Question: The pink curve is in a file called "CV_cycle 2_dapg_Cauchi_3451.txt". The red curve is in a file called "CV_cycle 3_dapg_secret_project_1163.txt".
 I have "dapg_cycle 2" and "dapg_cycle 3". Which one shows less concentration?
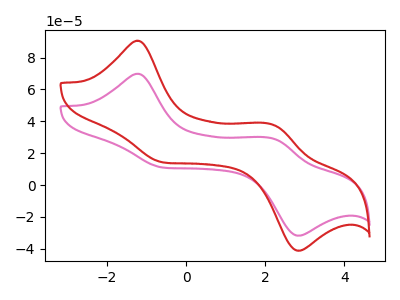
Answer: <think>The pink curve "dapg_cycle 2" has anodic peaks at (-1.20V, 69.80uA) (2.15V, 29.35uA) and cathodic peaks at (-0.55V, 10.85uA) (2.80V, -31.75uA). The red curve "dapg_cycle 3" has anodic peaks at (-1.20V, 90.55uA) (2.15V, 38.05uA) and cathodic peaks at (-0.55V, 14.10uA) (2.80V, -41.15uA).
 All the peaks in "dapg_cycle 2" have a peak in "dapg_cycle 3" at the same potential.</think>
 <answer>I cant tell if "dapg_cycle 2" or "dapg_cycle 3" has higher concentration.</answer>
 <eval>mixed_concentration</eval>